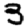
Digit: 3